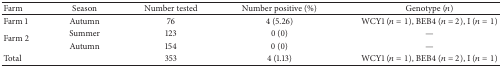
<table><thead><tr><td><b>Farm </b></td><td><b>Season</b></td><td><b>Number tested</b></td><td><b>Number positive (%)</b></td><td><b>Genotype (<i>n</i>)</b></td></tr></thead><tbody><tr><td>Farm 1</td><td>Autumn</td><td>76</td><td>4 (5.26)</td><td>WCY1 (<i>n</i> = 1), BEB4 (<i>n</i> = 2), I (<i>n</i> = 1)</td></tr><tr><td rowspan="2">Farm 2</td><td>Summer</td><td>123</td><td>0 (0)</td><td>—</td></tr><tr><td>Autumn</td><td>154</td><td>0 (0)</td><td>—</td></tr><tr><td>Total</td><td> </td><td>353</td><td>4 (1.13)</td><td>WCY1 (<i>n</i> = 1), BEB4 (<i>n</i> = 2), I (<i>n</i> = 1)</td></tr></tbody></table>